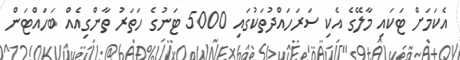
އެކަމަށް ޓަކައި މާލޭގެ އެކި ސަރަހައްދުތަކުގައި 5000 ޓަނުގެ ހަތަރު ތާންގިއެއް ބަހައްޓަން